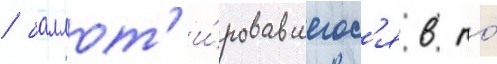
/ баллот'и́ровавшегос'я в то́